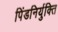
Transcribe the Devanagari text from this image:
पिंडनिर्युक्ति